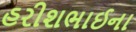
હરીશભાઈના